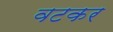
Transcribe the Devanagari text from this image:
वटकर